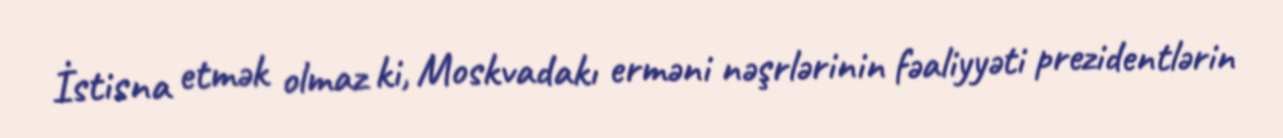
İstisna etmək olmaz ki, Moskvadakı erməni nəşrlərinin fəaliyyəti prezidentlərin